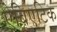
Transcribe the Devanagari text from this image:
ऐबिएटिक